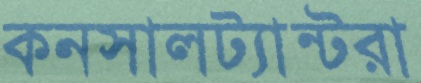
কনসালট্যান্টরা